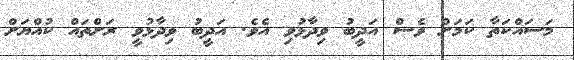
މަސައްކަތާ ކަމަށް ވެސް އަދީބު ވިދާޅުވި އެވެ. އަދީބު ވިދާޅުވީ ރަށްތައް ކުއްޔަށް